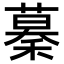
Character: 𥡡